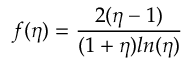
f ( \eta ) = \frac { 2 ( \eta - 1 ) } { ( 1 + \eta ) l n ( \eta ) }